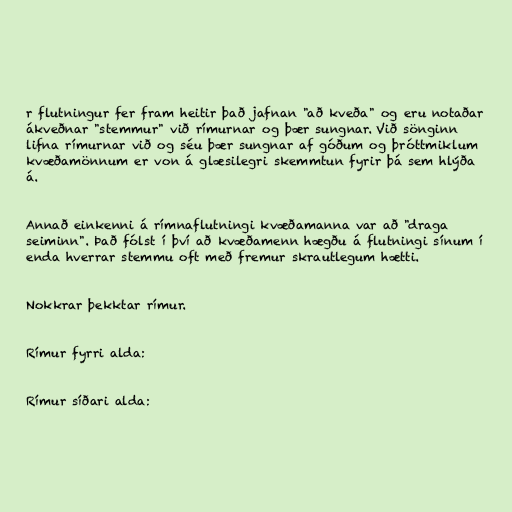
r flutningur fer fram heitir það jafnan "að kveða" og eru notaðar
ákveðnar "stemmur" við rímurnar og þær sungnar. Við sönginn
lifna rímurnar við og séu þær sungnar af góðum og þróttmiklum
kvæðamönnum er von á glæsilegri skemmtun fyrir þá sem hlýða
á.

Annað einkenni á rímnaflutningi kvæðamanna var að "draga
seiminn". Það fólst í því að kvæðamenn hægðu á flutningi sínum í
enda hverrar stemmu oft með fremur skrautlegum hætti.

Nokkrar þekktar rímur.

Rímur fyrri alda:

Rímur síðari alda: